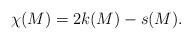
LaTeX: \begin{align*}\chi(M)=2k(M)-s(M).\end{align*}